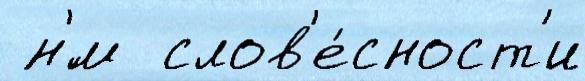
 н'́м  слов'е́сност'и